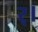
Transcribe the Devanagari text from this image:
र्।